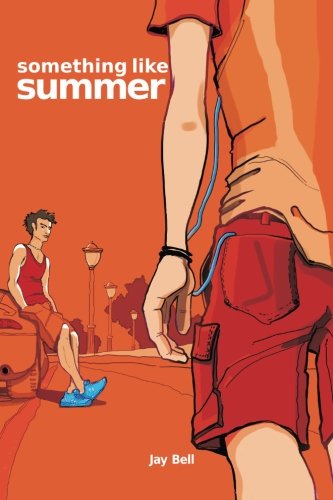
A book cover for Something Like Summer (Volume 1); Jay Bell; Romance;